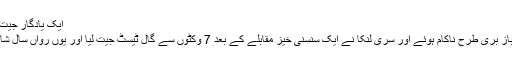
ایک یادگار جیت کے بعد اینجلو میتھیوز کا فاتحانہ انداز (تصویر: AFP)
وہی ہوا جس کا خدشہ تھا، آخری روز پاکستان کے بلے باز بری طرح ناکام ہوئے اور سری لنکا نے ایک سنسنی خیز مقابلے کے بعد 7 وکٹوں سے گال ٹیسٹ جیت لیا اور یوں رواں سال شارجہ میں ملنے والی شکست کا پورا پورا بدلہ بھی لے لیا۔